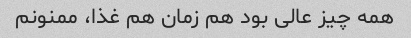
همه چیز عالی بود هم زمان هم غذا، ممنونم